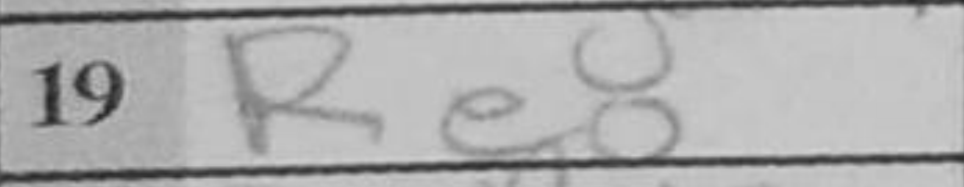
Transcription: Re8